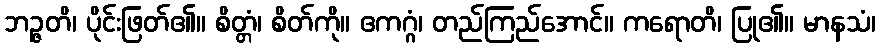
ဘဉ္ဇတိ၊ ပိုင်းဖြတ်၏။ စိတ္တံ၊ စိတ်ကို။ ဧကဂ္ဂံ၊ တည်ကြည်အောင်။ ကရောတိ၊ ပြု၏။ မာနသံ၊